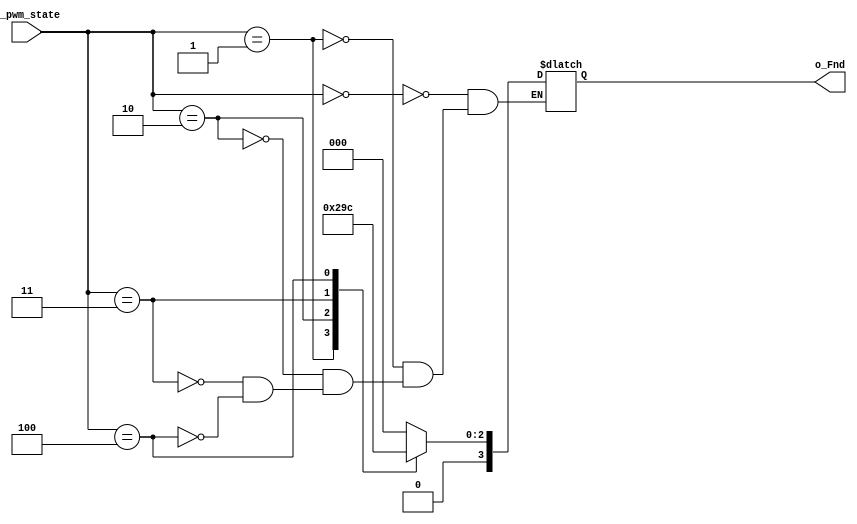
module display_fnd_state(
    input [2:0] i_pwm_state,
    output [3:0] o_Fnd
    );

    reg [3:0] r_Fnd;
    assign o_Fnd = r_Fnd;

    always @(*) begin
        case(i_pwm_state)
            3'b000 : r_Fnd <= 4'd0;
            3'b001 : r_Fnd <= 4'd1;
            3'b010 : r_Fnd <= 4'd2;
            3'b011 : r_Fnd <= 4'd3;
            3'b100 : r_Fnd <= 4'd4;
        endcase
    end
endmodule